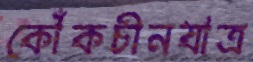
কোঁকচীনযাত্র